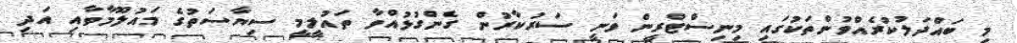
މި ބައްދަލުކުރެއްވުންތަކުގައި މިނިސްޓްރީން ވަނީ ސަރުކާރުން ގެންގުޅުއްވާ ތައުލީމީ ސިޔާސަތުގެ މައުލޫމާތާއި އަދި